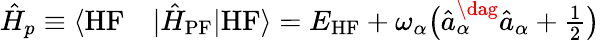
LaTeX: \begin{array}{rl}{\hat{H}_{p}\equiv\langle\mathrm{HF}}&{{}|\hat{H}_{\mathrm{PF}}|\mathrm{HF}\rangle=E_{\mathrm{HF}}+\omega_{\alpha}\big(\hat{a}_{\alpha}^{\dag}\hat{a}_{\alpha}+\frac{1}{2}\big)}\end{array}